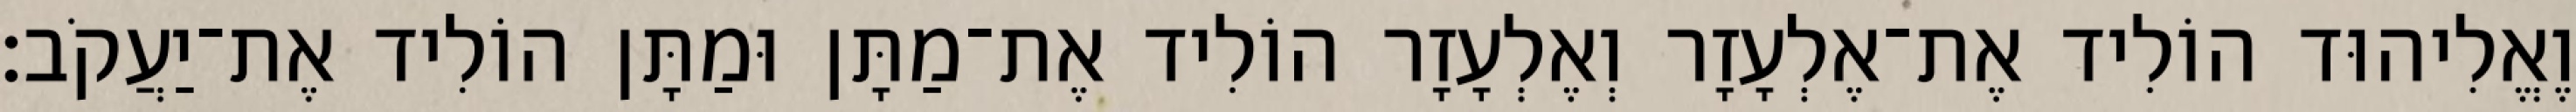
וֶאֱלִיהוּד הוֹלִיד אֶת־אֶלְעָזָר וְאֶלְעָזָר הוֹלִיד אֶת־מַתָּן וּמַתָּן הוֹלִיד אֶת־יַעֲקֹב׃